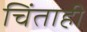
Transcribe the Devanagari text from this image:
चिंताही